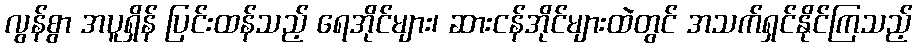
လွန်စွာ အပူရှိန် ပြင်းထန်သည့် ရေအိုင်များ၊ ဆားငန်အိုင်များထဲတွင် အသက်ရှင်နိုင်ကြသည့်